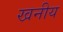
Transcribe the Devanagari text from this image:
खनीय